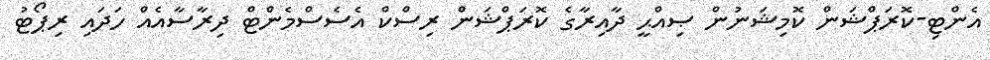
އެންޓި-ކޮރަޕްޝަން ކޮމިޝަނުން ޞިއްޙީ ދާއިރާގެ ކޮރަޕްޝަން ރިސްކް އެސެސްމެންޓް ދިރާސާއެއް ހަދައި ރިޕޯޓު